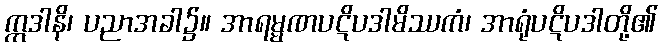
ဣဒါနိ၊ ပညာအခါ၌။ အာရမ္မဏပဋိပဒါမိဿကံ၊ အာရုံပဋိပဒါတို့၏